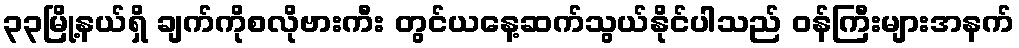
၃၃မြို့နယ်ရှိ ချက်ကိုစလိုဗားကီး တွင်ယနေ့ဆက်သွယ်နိုင်ပါသည် ဝန်ကြီးများအနက်